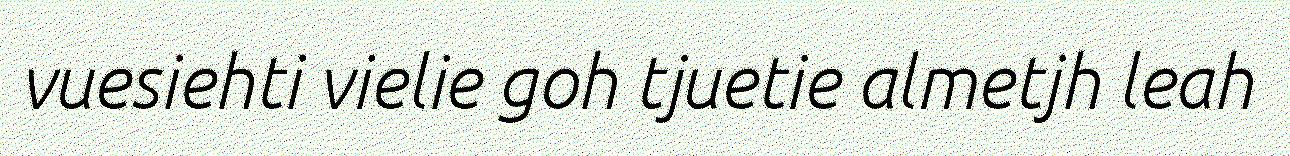
vuesiehti vielie goh tjuetie almetjh leah